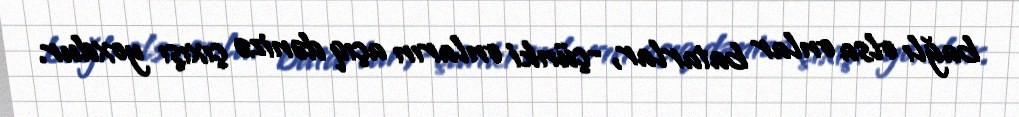
bağlı olsa onlar batarlar, -çünki onların açıq dənizə çıxışı yoxdur.